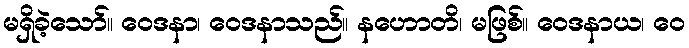
မရှိခဲ့သော်။ ဝေဒနာ၊ ဝေဒနာသည်။ နဟောတိ၊ မဖြစ်။ ဝေဒနာယ၊ ဝေ